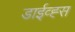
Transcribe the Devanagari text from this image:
डाईव्ह्स